Report on the lunatic asylums under the Government of Bombay - 1904-1913
Year: 1904
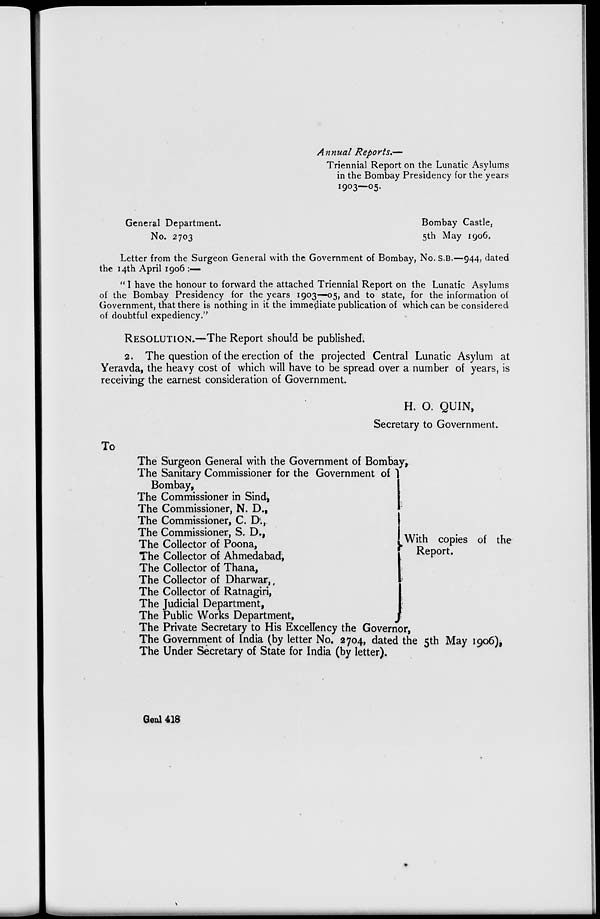
Annual Reports.—
Triennial Report on the Lunatic Asylums
in the Bombay Presidency for the years
1903—05.
General Department.
No. 2703
Bombay Castle,
5th May 1906.
Letter from the Surgeon General with the Government of Bombay, No. S.B.—944, dated
the 14th April 1906 :—
" I have the honour to forward the attached Triennial Report on the Lunatic Asylums
of the Bombay Presidency for the years 1903—05, and to state, for the information of
Government, that there is nothing in it the immediate publication of which can be considered
of doubtful expediency."
RESOLUTION.—The Report should be published.
2. The question of the erection of the projected Central Lunatic Asylum at
Yeravda, the heavy cost of which will have to be spread over a number of years, is
receiving the earnest consideration of Government.
H. O. QUIN,
Secretary to Government.
To
The Surgeon General with the Government of Bombay,
The Sanitary Commissioner for the Government of
Bombay,
The Commissioner in Sind,
The Commissioner, N. D.,
The Commissioner, C. D.,
The Commissioner, S. D.,
The Collector of Poona,
The Collector of Ahmedabad,
The Collector of Thana,
The Collector of Dharwar,
The Collector of Ratnagiri,
The Judicial Department,
The Public Works Department,
With copies of the
Report.
The Private Secretary to His Excellency the Governor,
The Government of India (by letter No. 2704, dated the 5th May 1906),
The Under Secretary of State for India (by letter).
Genl 418